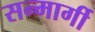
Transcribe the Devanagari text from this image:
सन्मार्गी